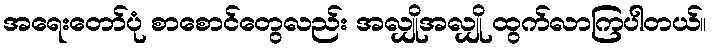
အရေးတော်ပုံ စာစောင်တွေလည်း အလျှိုအလျှို ထွက်လာကြပါတယ်။